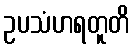
ဥပသံဟရတူတိ